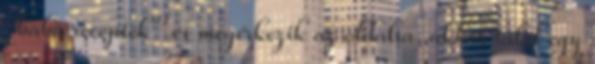
“baba receptek” és megérkezik az oldalra, akkor talál egy